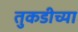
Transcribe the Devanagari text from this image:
तुकडीच्या